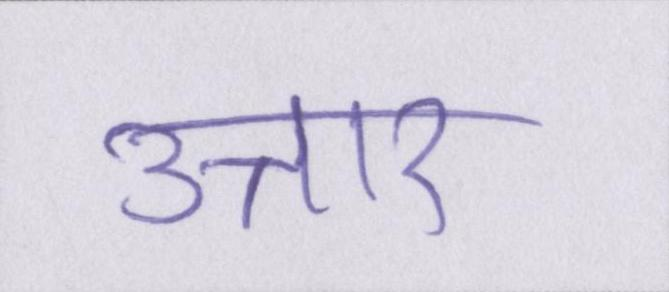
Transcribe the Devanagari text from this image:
उत्तार